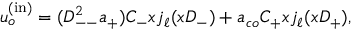
u _ { o } ^ { \mathrm { ( i n ) } } = ( D _ { -- } ^ { 2 } a _ { + } ) C _ { - } x j _ { \ell } ( x D _ { - } ) + a _ { c o } C _ { + } x j _ { \ell } ( x D _ { + } ) ,